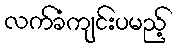
လက်ခံကျင်းပမည့်